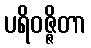
ပရိဝဇ္ဇိတာ